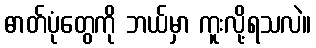
ဓာတ်ပုံတွေကို ဘယ်မှာ ကူးလို့ရသလဲ။